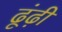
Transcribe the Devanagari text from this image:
ढूंढ़ी